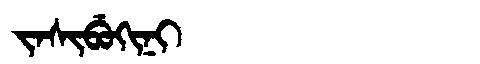
Manchu: ᠵᠠᠰᡳᠪᡠᡴᡳᠨᡳ
Romanization: JASIBUKINI